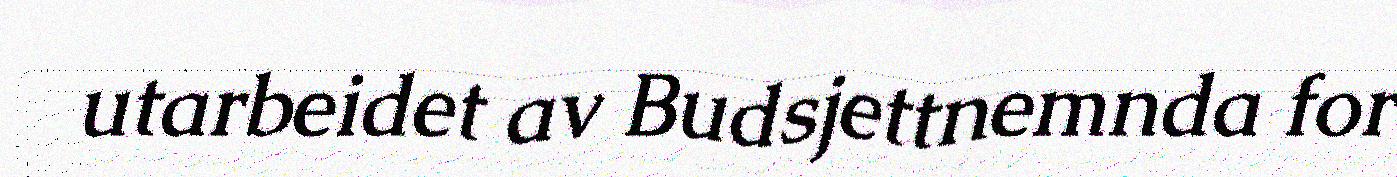
utarbeidet av Budsjettnemnda for